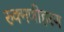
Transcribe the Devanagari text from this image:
रुक्मणीहरण